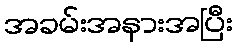
အခမ်းအနားအပြီး